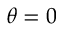
\theta = 0